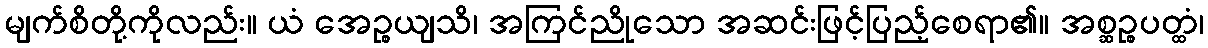
မျက်စိတို့ကိုလည်း။ ယံ အေဉ္စယျသိ၊ အကြင်ညိုသော အဆင်းဖြင့်ပြည့်စေရာ၏။ အစ္ဆဉ္စပတ္ထံ၊